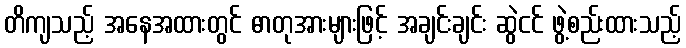
တိကျသည့် အနေအထားတွင် ဓာတုအားများဖြင့် အချင်းချင်း ဆွဲငင် ဖွဲ့စည်းထားသည့်